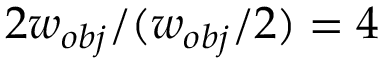
2 w _ { o b j } / ( w _ { o b j } / 2 ) = 4